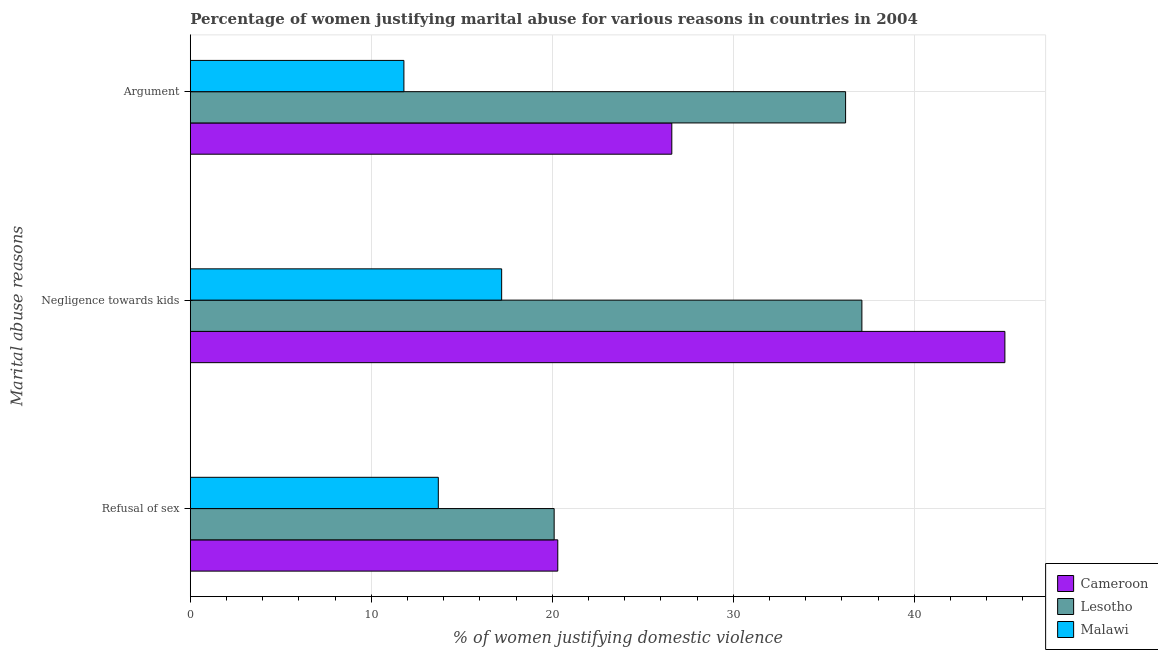
| Marital abuse reasons | Cameroon | Lesotho | Malawi |
 | --- | --- | --- | --- |
 | Refusal of sex | 20.3 | 20.1 | 13.7 |
 | Negligence towards kids | 45 | 37.1 | 17.2 |
 | Argument | 26.6 | 36.2 | 11.8 |